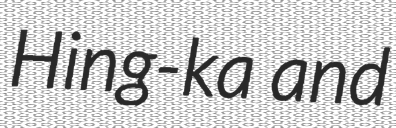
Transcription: Hing-ka and